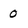
Character: 0